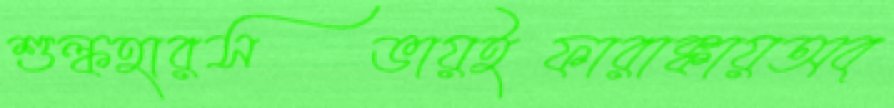
শুল্কহারসভায়ইফারাক্কায়অব্